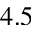
4 . 5